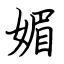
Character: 媚